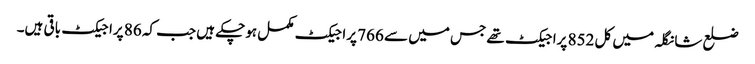
ضلع شانگلہ میں کل 852 پراجیکٹ تھے جس میں سے 766 پراجیکٹ مکمل ہوچکے ہیں جب کہ 86 پراجیکٹ باقی ہیں۔